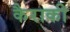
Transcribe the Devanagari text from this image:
कैराकी